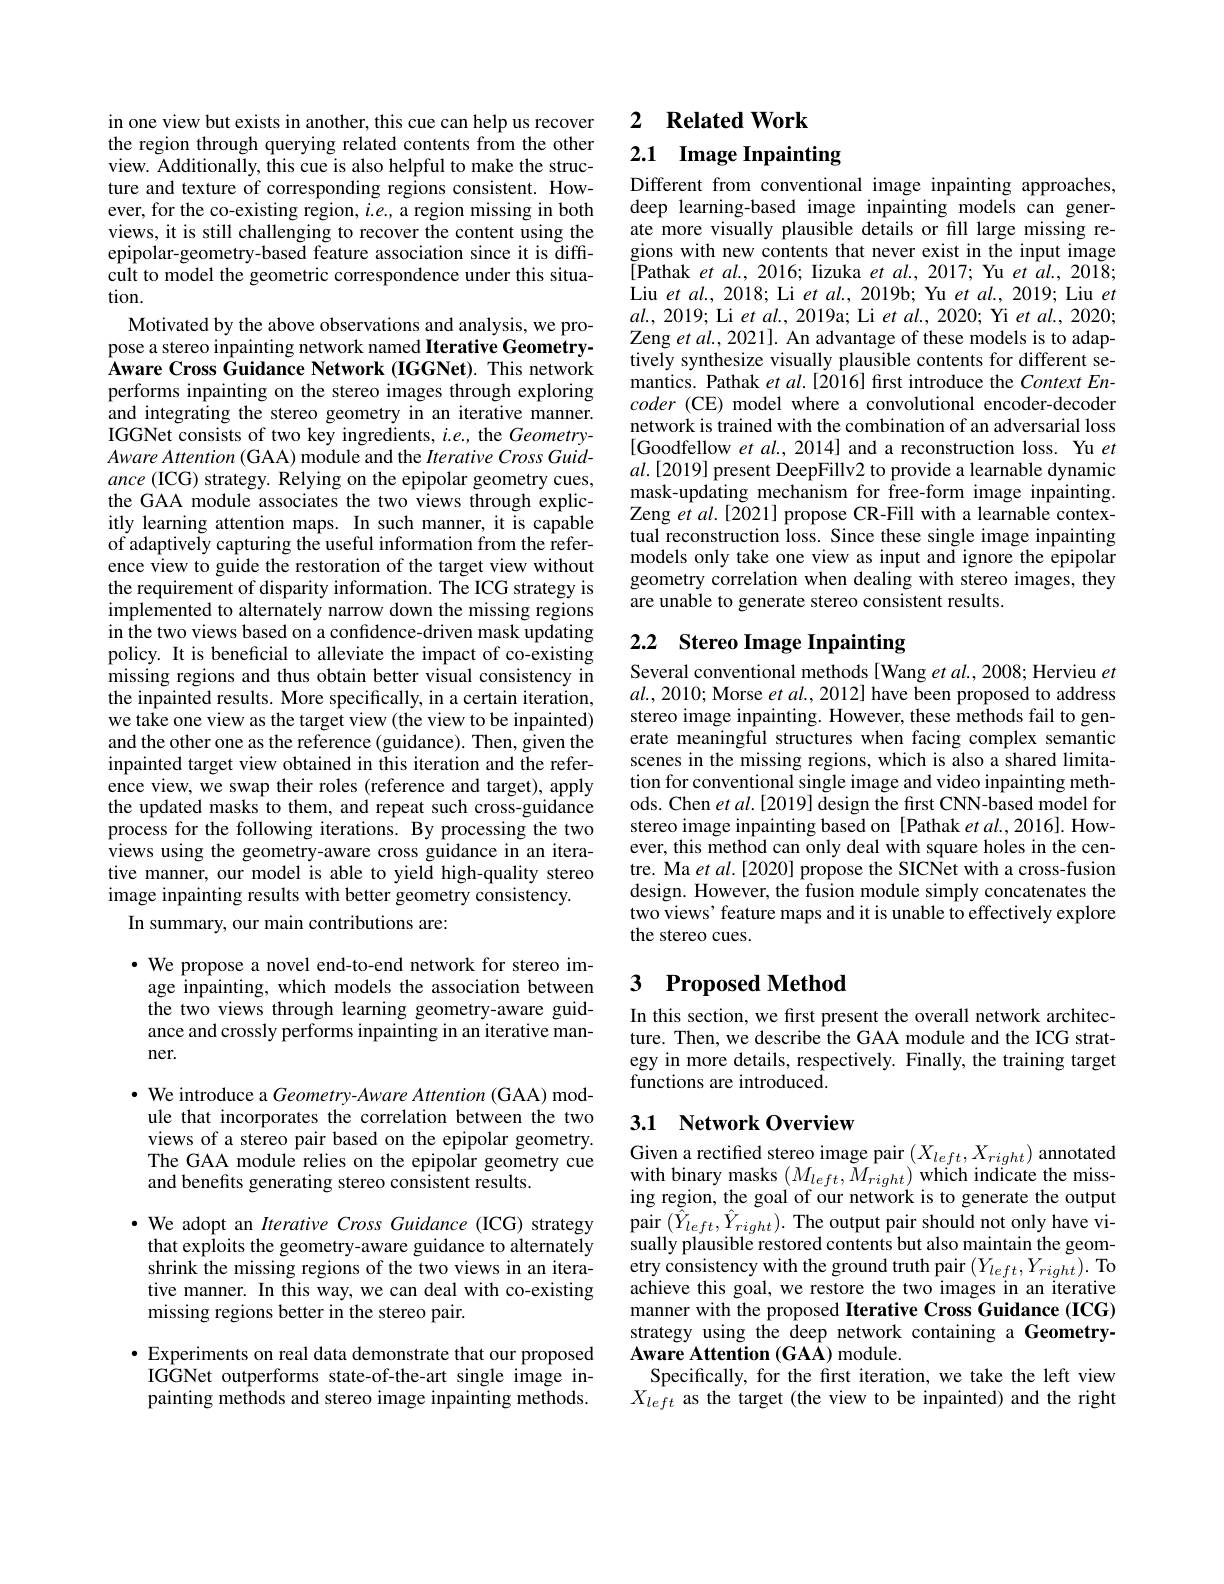
in one view but exists in another, this cue can help us recover the region through querying related contents from the other view. Additionally, this cue is also helpful to make the structure and texture of corresponding regions consistent. However, for the co-existing region, $i.e.$, a region missing in both views, it is still challenging to recover the content using the epipolar-geometry-based feature association since it is difficult to model the geometric correspondence under this situation.

Motivated by the above observations and analysis, we propose a stereo inpainting network named Iterative GeometryAware Cross Guidance Network (IGGNet). This network performs inpainting on the stereo images through exploring and integrating the stereo geometry in an iterative manner. IGGNet consists of two key ingredients, $i.e.$, the GeometryAware Attention (GAA) module and the Iterative Cross Guidance (ICG) strategy. Relying on the epipolar geometry cues, the GAA module associates the two views through explicitly learning attention maps. In such manner, it is capable of adaptively capturing the useful information from the reference view to guide the restoration of the target view without the requirement of disparity information. The ICG strategy is implemented to alternately narrow down the missing regions in the two views based on a confidence-driven mask updating policy. It is beneficial to alleviate the impact of co-existing missing regions and thus obtain better visual consistency in the inpainted results. More specifically, in a certain iteration, we take one view as the target view (the view to be inpainted) and the other one as the reference (guidance). Then, given the inpainted target view obtained in this iteration and the reference view, we swap their roles (reference and target), apply the updated masks to them, and repeat such cross-guidance process for the following iterations. By processing the two views using the geometry-aware cross guidance in an iterative manner, our model is able to yield high-quality stereo image inpainting results with better geometry consistency.
In summary, our main contributions are:

$\cdot$ We propose a novel end-to-end network for stereo image inpainting, which models the association between the two views through learning geometry-aware guidance and crossly performs inpainting in an iterative manner.

$\cdot$ We introduce a Geometry-Aware Attention (GAA) mod-
ule that incorporates the correlation between the two views of a stereo pair based on the epipolar geometry. The GAA module relies on the epipolar geometry cue and benefits generating stereo consistent results.

$\bullet$ We adopt an Iterative Cross Guidance (ICG) strategy that exploits the geometry-aware guidance to alternately shrink the missing regions of the two views in an iterative manner. In this way, we can deal with co-existing missing regions better in the stereo pair.

$\bullet$ Experiments on real data demonstrate that our proposed
IGGNet outperforms state-of-the-art single image inpainting methods and stereo image inpainting methods.

2 $\textbf{Related Work}$

## 2.1 Image Inpainting

Different from conventional image inpainting approaches, deep learning-based image inpainting models can generate more visually plausible details or fill large missing regions with new contents that never exist in the input image [Pathak et al., 2016; Iizuka et al., 2017; Yu et al., 2018; Liu et al., 2018; Li et al., 2019b; Yu et al., 2019; Liu $et$ $al.,2019;$ Li et al., 2019a; Li et al., 2020; Yi et al., 2020; Zeng $etal.,2021].$ An advantage of these models is to adaptively synthesize visually plausible contents for different semantics. Pathak et al.[2016] frst introduce the Context Encoder (CE) model where a convolutional encoder-decoder network is trained with the combination of an adversarial loss [Goodfellow et al., 2014] and a reconstruction loss. Yu $et$ $al.[2019]$ present DeepFillv2 to provide a learnable dynamic ${\text{mask-updating mechanism for free-form image inpainting.}}$ Zeng $\hat{et}al.[2021]$ propose CR-Fill with a learnable contextual reconstruction loss. Since these single image inpainting models only take one view as input and ignore the epipolar geometry correlation when dealing with stereo images, they are unable to generate stereo consistent results.

# 2.2 Stereo Image Inpainting Several conventional methods[Wang et al., 2008; Hervieu $et$

$al.,2010;$ Morse $etal.,2012]$ have been proposed to address stereo image inpainting. However, these methods fail to generate meaningful structures when facing complex semantic scenes in the missing regions, which is also a shared limitation for conventional single image and video inpainting methods. Chen $etal.[2019]$ design the first CNN-based model for stereo image inpainting based on [Pathak et $al,2016].$ However, this method can only deal with square holes in the centre. Ma $etal.[2020]$ propose the SICNet with a cross-fusion design. However, the fusion module simply concatenates the two views' feature maps and it is unable to effectively explore the stereo cues.

## 3 $\textbf{Proposed Method}$

In this section, we first present the overall network architecture. Then, we describe the GAA module and the ICG strategy in more details, respectively. Finally, the training target functions are introduced.

## 3.1 Network Overview

Given a rectified stereo image pair $(X_{left},X_{right})$ annotated with binary masks $(M_{left},M_{right})$ which indicate the missing region, the goal of our network is to generate the output $\operatorname*{pair}_{\textbf{pair}}(\tilde{\hat{Y}}_{left},\hat{Y}_{right}).$The output pair should not only have visually plausible restored contents but also maintain the geometry consistency with the ground truth pair $(Y_left,Y_{right}).$ To achieve this goal, we restore the two images in an iterative manner with the proposed Iterative Cross Guidance (ICG) strategy using the deep network containing a GeometryAware Attention (GAA) module.
Specifically, for the first iteration, we take the left view $X_{left}$ as the target (the view to be inpainted) and the right